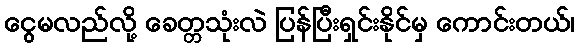
ငွေမလည်လို့ ခေတ္တသုံးလဲ ပြန်ပြီးရှင်းနိုင်မှ ကောင်းတယ်၊